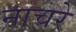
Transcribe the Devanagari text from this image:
नाचरे